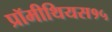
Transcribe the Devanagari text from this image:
प्रॉमीथियस१५